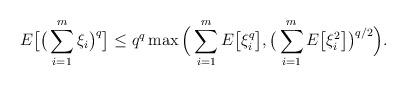
LaTeX: \begin{align*}E\big[ \big(\sum_{i=1}^m \xi_i\big)^q \big] \leq q^q \max\Big( \sum_{i=1}^m E\big[ \xi_i^q\big] , \big(\sum_{i=1}^m E\big[\xi_i^2\big]\big)^{q/2}\Big).\end{align*}